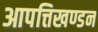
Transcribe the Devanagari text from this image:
आपत्तिखण्डन